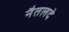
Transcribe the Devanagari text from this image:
नैतलदे